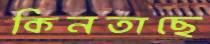
কিনতাছে